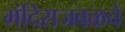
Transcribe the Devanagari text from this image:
मंदिराजवळचे